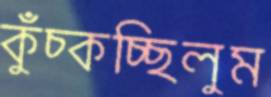
কুঁচ্‌কচ্ছিলুম